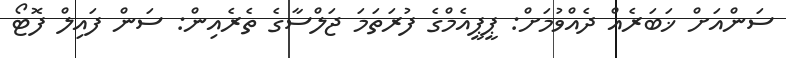
ސަންއަށް ޚަބަރެއް ދެއްވުމަށް: ޕީޕީއެމްގެ ފުރަތަމަ ޖަލްސާގެ ތެރެއިން: ސަން ފައިލް ފޮޓޯ